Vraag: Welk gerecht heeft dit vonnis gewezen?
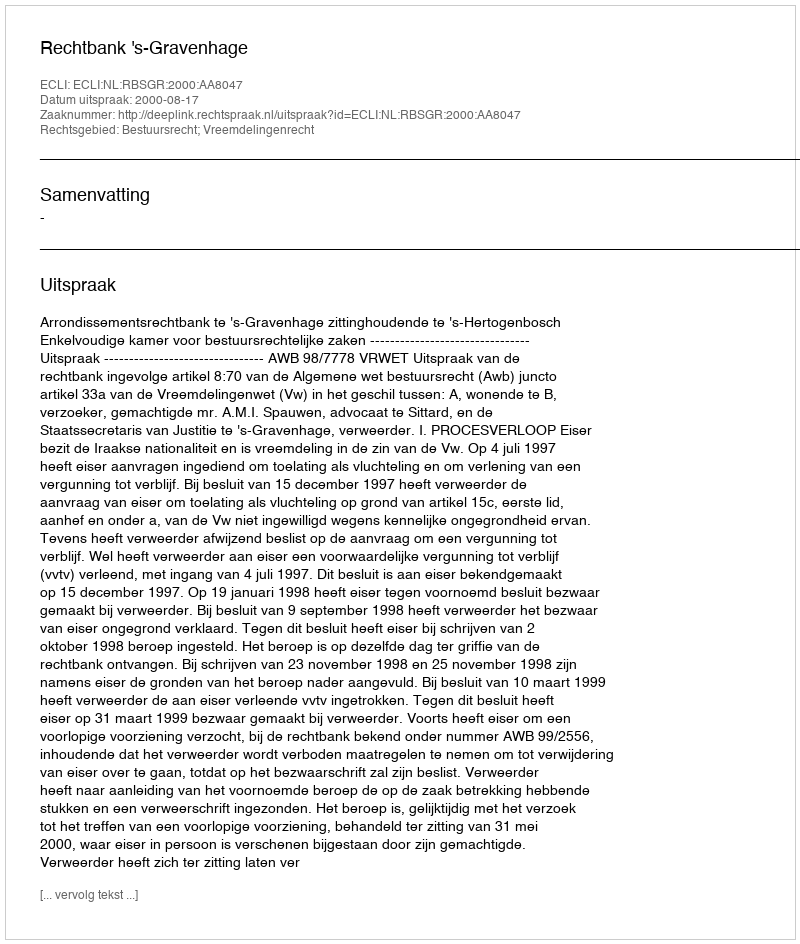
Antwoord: Rechtbank 's-Gravenhage